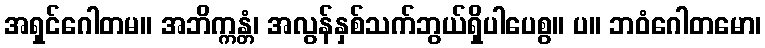
အရှင်ဂေါတမ။ အဘိက္ကန္တံ၊ အလွန်နှစ်သက်ဘွယ်ရှိပါပေစွ။ ပ။ ဘဝံဂေါတမော၊